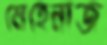
মেহেনাজ